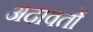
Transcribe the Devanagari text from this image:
अदावतों